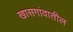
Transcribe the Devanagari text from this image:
खासगांवातील